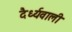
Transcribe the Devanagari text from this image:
दैर्ध्यवाली